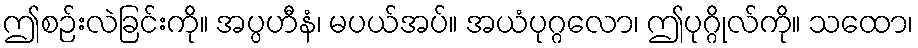
ဤစဉ်းလဲခြင်းကို။ အပ္ပဟီနံ၊ မပယ်အပ်။ အယံပုဂ္ဂလော၊ ဤပုဂ္ဂိုလ်ကို။ သထော၊